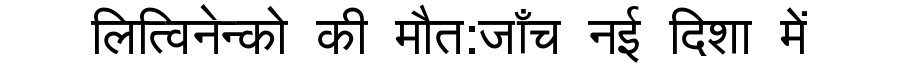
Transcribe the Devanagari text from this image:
लित्विनेन्को की मौत:जाँच नई दिशा में